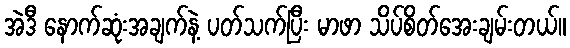
အဲဒီ နောက်ဆုံးအချက်နဲ့ ပတ်သက်ပြီး မာဖာ သိပ်စိတ်အေးချမ်းတယ်။